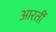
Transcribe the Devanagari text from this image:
आरतीं